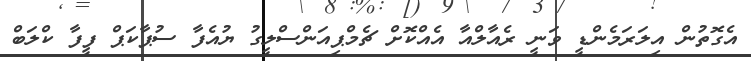
އެގޮތުން އިލަރަމެންޑީ ވަނީ ރެއާލްއާ އެއްކޮށް ޗެމްޕިއަންސްލީގު ޔުއެފާ ސުޕާކަޕް ފީފާ ކްލަބް